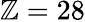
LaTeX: \mathbb{Z}=28